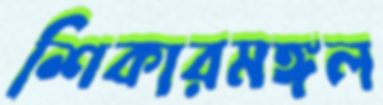
শিকারমঙ্গল